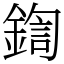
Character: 鍧